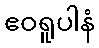
ဧဝရူပါနံ